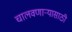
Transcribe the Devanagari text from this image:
चालवणाऱ्यासाठी